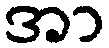
အာ